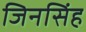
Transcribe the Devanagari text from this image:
जिनसिंह